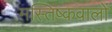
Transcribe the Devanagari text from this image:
मस्तिष्कवालों